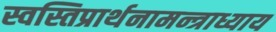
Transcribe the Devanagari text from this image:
स्वस्तिप्रार्थनामन्त्राध्याय